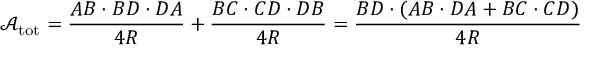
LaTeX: { \mathcal { A } } _ { \mathrm { t o t } } = { \frac { A B \cdot B D \cdot D A } { 4 R } } + { \frac { B C \cdot C D \cdot D B } { 4 R } } = { \frac { B D \cdot ( A B \cdot D A + B C \cdot C D ) } { 4 R } }